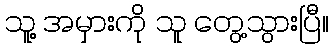
သူ့ အမှားကို သူ တွေ့သွားပြီ။